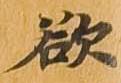
欲